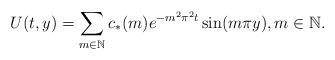
LaTeX: \begin{align*}U(t,y)=\sum_{m\in\mathbb N}c_*(m)e^{-m^2\pi^2 t}\sin(m\pi y), m\in\mathbb N.\end{align*}